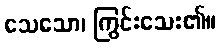
သေသော၊ ကြွင်းသေး၏။